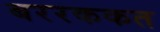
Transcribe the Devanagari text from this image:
बररककत